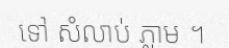
ទៅ សំលាប់ ភ្លាម ។